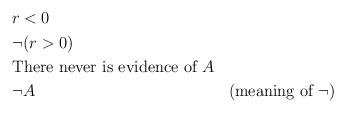
LaTeX: \begin{align*}\begin{aligned}& r < 0 & \\& \neg(r > 0) & \\& \text{There never is evidence of \(A\)} & \\& \neg A & \text{(meaning of \(\neg\))}\\& & \\\end{aligned}\end{align*}